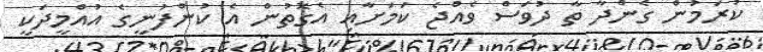
ކުރަމުން ގެންދާ ތާ ދުވަސް ވެއްޖެ ކަމަށާއި އެގޮތުން އެ ކުންފުނީގެ އުއްމީދަކީ